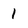
Character: 1